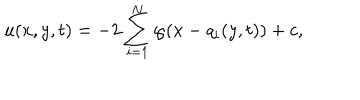
u ( x , y , t ) = - 2 \sum _ { i = 1 } ^ { N } \wp ( x - q _ { i } ( y , t ) ) + c ,